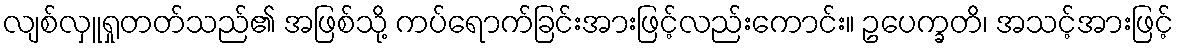
လျစ်လှူရှုတတ်သည်၏ အဖြစ်သို့ ကပ်ရောက်ခြင်းအားဖြင့်လည်းကောင်း။ ဥပေက္ခတိ၊ အသင့်အားဖြင့်